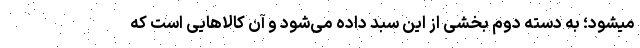
میشود؛ به دسته دوم بخشی از این سبد داده می‌شود و آن کالاهایی است که